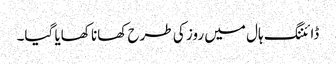
ڈائننگ ہال میں روز کی طرح کھانا کھایا گیا۔